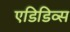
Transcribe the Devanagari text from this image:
एडिडिव्स